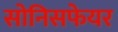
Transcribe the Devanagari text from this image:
सोनिसफेयर